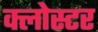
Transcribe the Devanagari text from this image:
क्लोस्टर